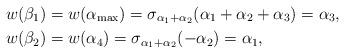
LaTeX: \begin{align*}& w(\beta_1) = w(\alpha_{\max}) = \sigma_{\alpha_{1} + \alpha_{2}}(\alpha_1 + \alpha_2 + \alpha_3) = \alpha_3, \\& w(\beta_2) = w(\alpha_4) = \sigma_{\alpha_{1} + \alpha_{2}}(- \alpha_2) = \alpha_1,\end{align*}